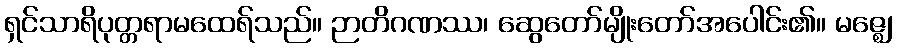
ရှင်သာရိပုတ္တရာမထေရ်သည်။ ဉာတိဂဏဿ၊ ဆွေတော်မျိုးတော်အပေါင်း၏။ မဇ္ဈေ၊